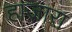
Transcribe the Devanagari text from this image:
हाजारा